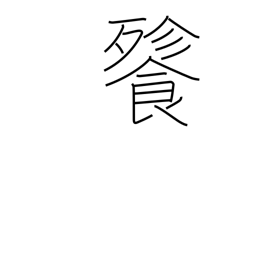
Meaning: voracious